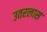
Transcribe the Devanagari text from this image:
उतरलास